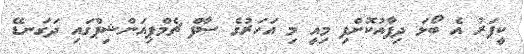
ކީޕަރު އެ ބޯޅަ ދިފާއުކޮށްފި މިއީ މި އަހަރުގެ ސާފް ޗެމްޕިއަންޝިޕްގައި ދަގަނޑޭ